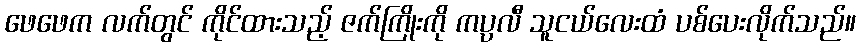
ဖေဖေက လက်တွင် ကိုင်ထားသည့် ဇက်ကြိုးကို ကပ္ပလီ သူငယ်လေးထံ ပစ်ပေးလိုက်သည်။